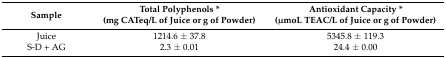
<table><thead><tr><td><b>Sample </b></td><td><b>Total Polyphenols * (mg CATeq/L of Juice or g of Powder)</b></td><td><b>Antioxidant Capacity * (μmoL TEAC/L of Juice or g of Powder)</b></td></tr></thead><tbody><tr><td>Juice</td><td>1214.6 ± 37.8 </td><td>5345.8 ± 119.3 </td></tr><tr><td>S-D + AG</td><td>2.3 ± 0.01 </td><td>24.4 ± 0.00 </td></tr></tbody></table>